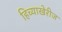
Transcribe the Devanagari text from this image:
हिच्याखेरीज